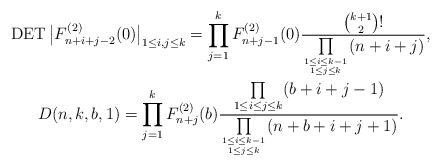
\begin{gather*}\operatorname{DET} \big | F_{n+i+j-2}^{(2)}(0) \big |_{1 \le i,j \le k} =\prod_{j=1}^{k} F_{n+j-1}^{(2)}(0) \frac{{k+1 \choose 2} !}{ \prod\limits_{1 \le i\le k-1 \atop 1 \le j \le k}(n+i+j)},\\D(n,k,b,1)= \prod_{j=1}^{k} F_{n+j}^{(2)}(b) \frac{\prod\limits_{1 \le i \le j \le k}(b+i+j-1)}{\prod\limits_{1 \le i \le k-1 \atop 1 \le j \le k}(n+b+i+j+1)}.\end{gather*}